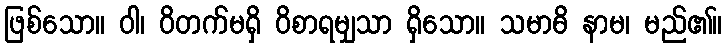
ဖြစ်သော။ ဝါ၊ ဝိတက်မရှိ ဝိစာရမျှသာ ရှိသော။ သမာဓိ နာမ၊ မည်၏။